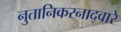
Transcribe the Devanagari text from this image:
नुतानिकरनाद्वारे